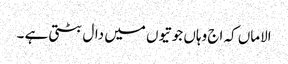
الاماں کہ اج وہاں جوتیوں میں دال بٹتی ہے ۔